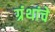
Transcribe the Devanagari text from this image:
ग्रंंथांचे